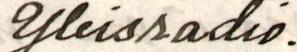
Yleisradio.